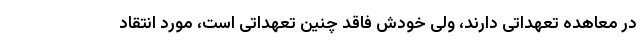
در معاهده تعهداتی دارند، ولی خودش فاقد چنین تعهداتی است، مورد انتقاد